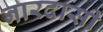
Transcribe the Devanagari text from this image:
नारदासी